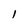
Character: l